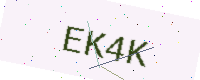
Text: EK4K